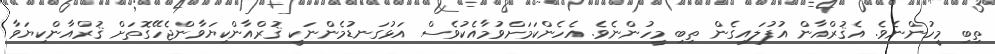
ތިބި މީހުންނެވެ. އެޤުރްއާން އުފުލައިގެން ތިބި މީހުންނެވެ. އެހެންކަމަށްވުމާއެކުވެސް އަޅުގަނޑުމެންނަކީ ޤުރްއާންކިޔަވާންޖެހޭގޮތަށް ޤުރްއާންކިޔަވާ